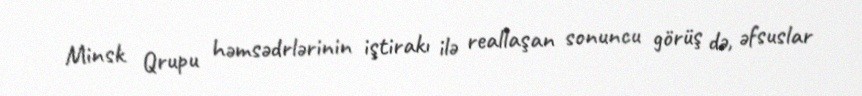
Minsk Qrupu həmsədrlərinin iştirakı ilə reallaşan sonuncu görüş də, əfsuslar